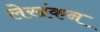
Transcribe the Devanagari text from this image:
लेखंकन